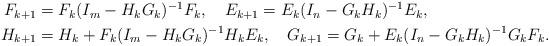
LaTeX: \begin{align*}\begin{aligned}F_{k+1} &= F_k (I_m - H_k G_k)^{-1} F_k, \ \ \ E_{k+1} = E_k (I_n - G_k H_k)^{-1} E_k, \\H_{k+1} &= H_k + F_k (I_m-H_k G_k)^{-1} H_k E_k, \ \ \ G_{k+1} = G_k + E_k (I_n-G_k H_k)^{-1} G_k F_k. \end{aligned}\end{align*}